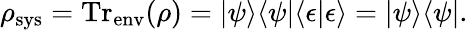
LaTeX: \rho_{\mathrm{sys}}=\operatorname{Tr}_{\textrm{env}}(\rho)=|\psi\rangle\langle\psi|\langle\epsilon|\epsilon\rangle=|\psi\rangle\langle\psi|.